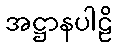
အဋ္ဌာနပါဠိ